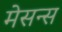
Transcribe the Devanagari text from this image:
मेसन्स